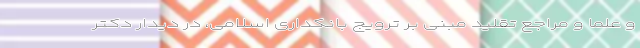
و علما و مراجع تقلید مبنی بر ترویج بانکداری اسلامی، در دیدار دکتر